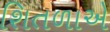
શિતળાએ